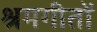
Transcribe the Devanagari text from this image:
श्रमगीतों